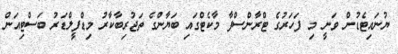
ޔުނައިޓެޑުން ވަނީ މި ފަހަރުގެ ޓްރާންސްފާ މާކެޓްގައި ބަޔާންގެ ތަޖުރިބާކާރު މިޑްފީލްޑަރު ބަސްޓިއަން